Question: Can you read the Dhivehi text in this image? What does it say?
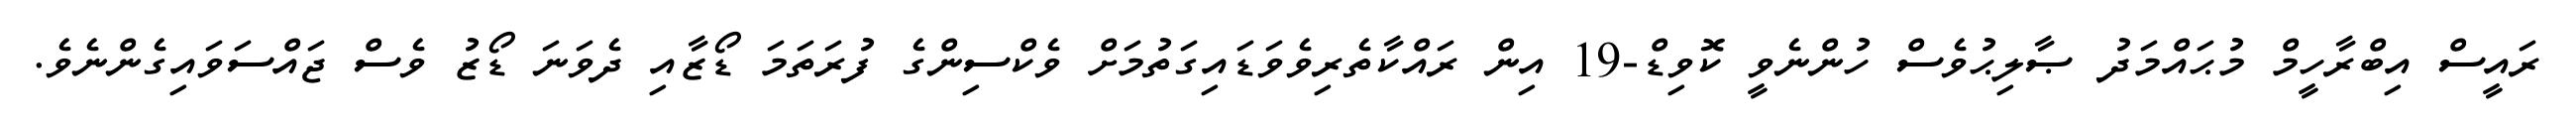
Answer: ރައީސް އިބްރާހީމް މުޙައްމަދު ޞާލިޙުވެސް ހުންނެވީ ކޮވިޑް-19 އިން ރައްކާތެރިވެވަޑައިގަތުމަށް ވެކްސިންގެ ފުރަތަމަ ޑޯޒާއި ދެވަނަ ޑޯޒު ވެސް ޖައްސަވައިގެންނެވެ.